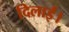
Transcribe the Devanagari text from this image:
दिलार्इ।